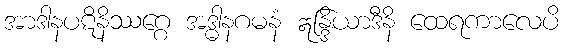
အာဒါနပဋိနိဿဂ္ဂေ အဒ္ဓါနဂမနံ ဣန္ဒြိယာဒီနိ ထေရကာလေပိ